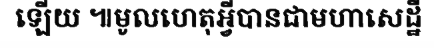
ឡើយ ៕មូលហេតុអ្វីបានជាមហាសេដ្ឋី